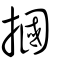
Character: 摑